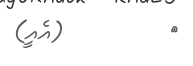
٦         (އެއީ)